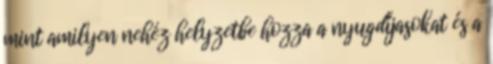
mint amilyen nehéz helyzetbe hozza a nyugdíjasokat és a